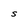
Character: S